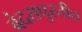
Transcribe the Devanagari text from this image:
बंदरापुरतीच